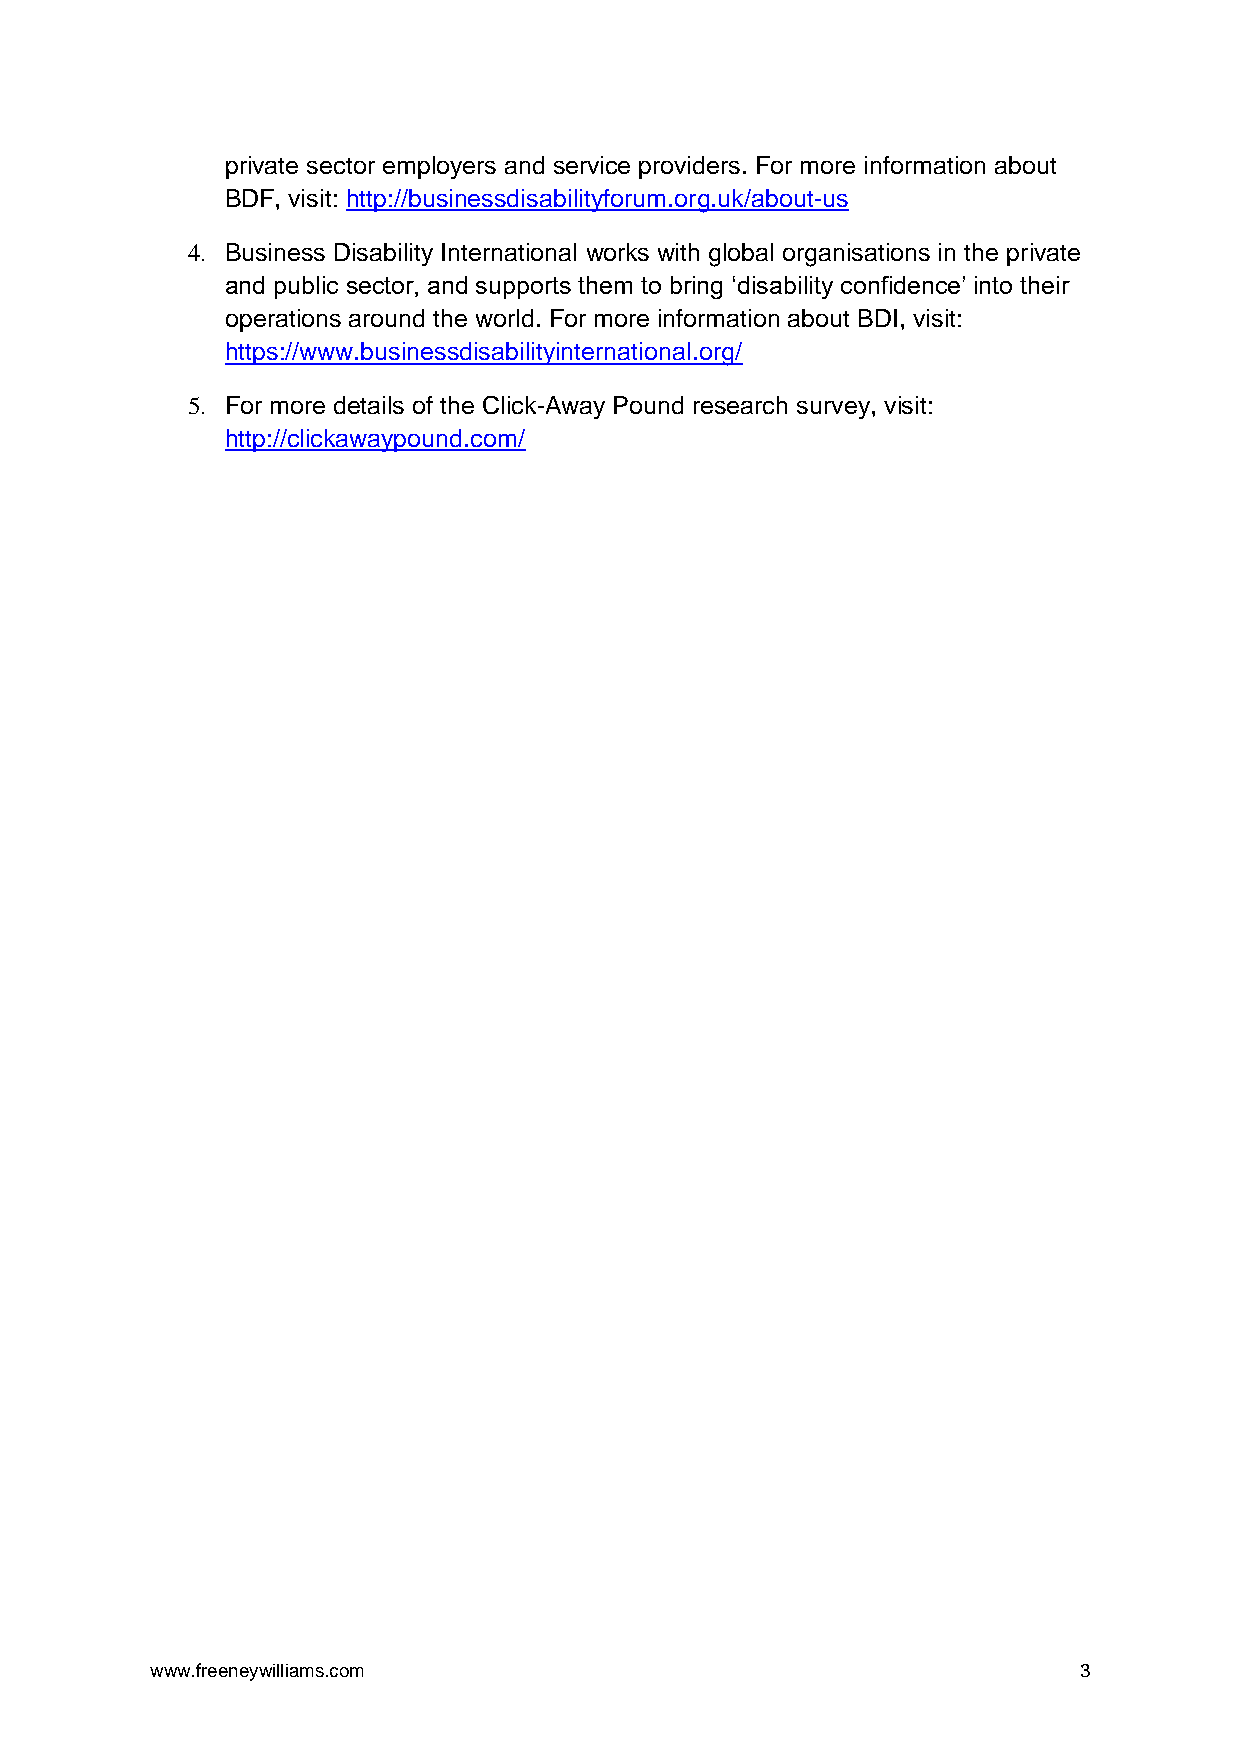
private sector employers and service providers. For more information about
 BDF, visit: http://businessdisabilityforum.org.uk/about-us
 4. Business Disability International works with global organisations in the private
 and public sector, and supports them to bring ‘disability confidence’ into their
 operations around the world. For more information about BDI, visit:
 https://www.businessdisabilityinternational.org/
 5. For more details of the Click-Away Pound research survey, visit:
 http://clickawaypound.com/
 www.freeneywilliams.com                                      3